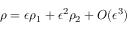
\rho = \epsilon \rho _ { 1 } + \epsilon ^ { 2 } \rho _ { 2 } + O ( \epsilon ^ { 3 } )